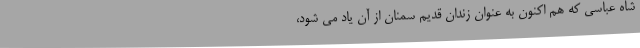
شاه عباسی که هم‌ اکنون به عنوان زندان قدیم سمنان از آن یاد می شود،